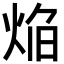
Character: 焔